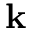
{ \bf k }